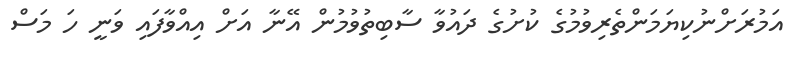
އަމުރަށްނުކިޔަމަންތެރިވުމުގެ ކުށުގެ ދައުވާ ސާބިތުވުމުން އޭނާ އަށް އިއްވާފައި ވަނީ ހަ މަސް